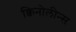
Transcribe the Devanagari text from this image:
क्विनोलीन्स